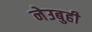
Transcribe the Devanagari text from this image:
नेउबुही